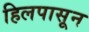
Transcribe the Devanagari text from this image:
हिलपासून